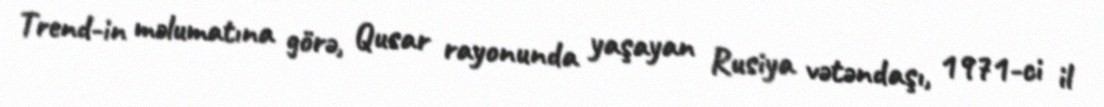
Trend-in məlumatına görə, Qusar rayonunda yaşayan Rusiya vətəndaşı, 1971-ci il